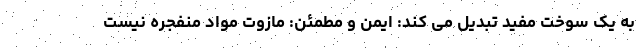
به یک سوخت مفید تبدیل می کند: ایمن و مطمئن: مازوت مواد منفجره نیست